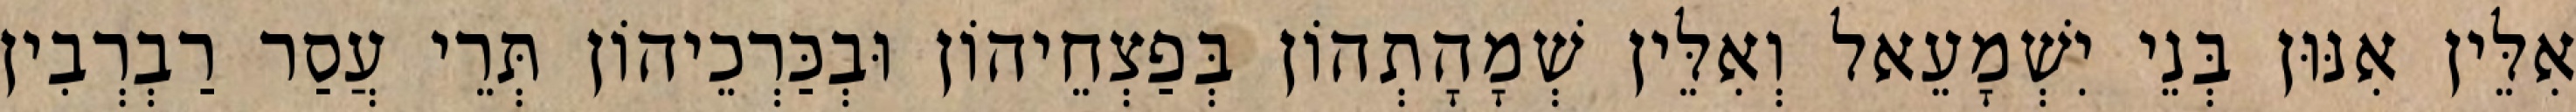
אִלֵּין אִנּוּן בְּנֵי יִשְׁמָעֵאל וְאִלֵּין שְׁמָהָתְהוֹן בְּפַצְחֵיהוֹן וּבְכַּרְכֵיהוֹן תְּרֵי עֲסַר רַבְרְבִין